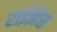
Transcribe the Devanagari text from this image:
राईझेस